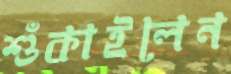
শুঁকাইলেন